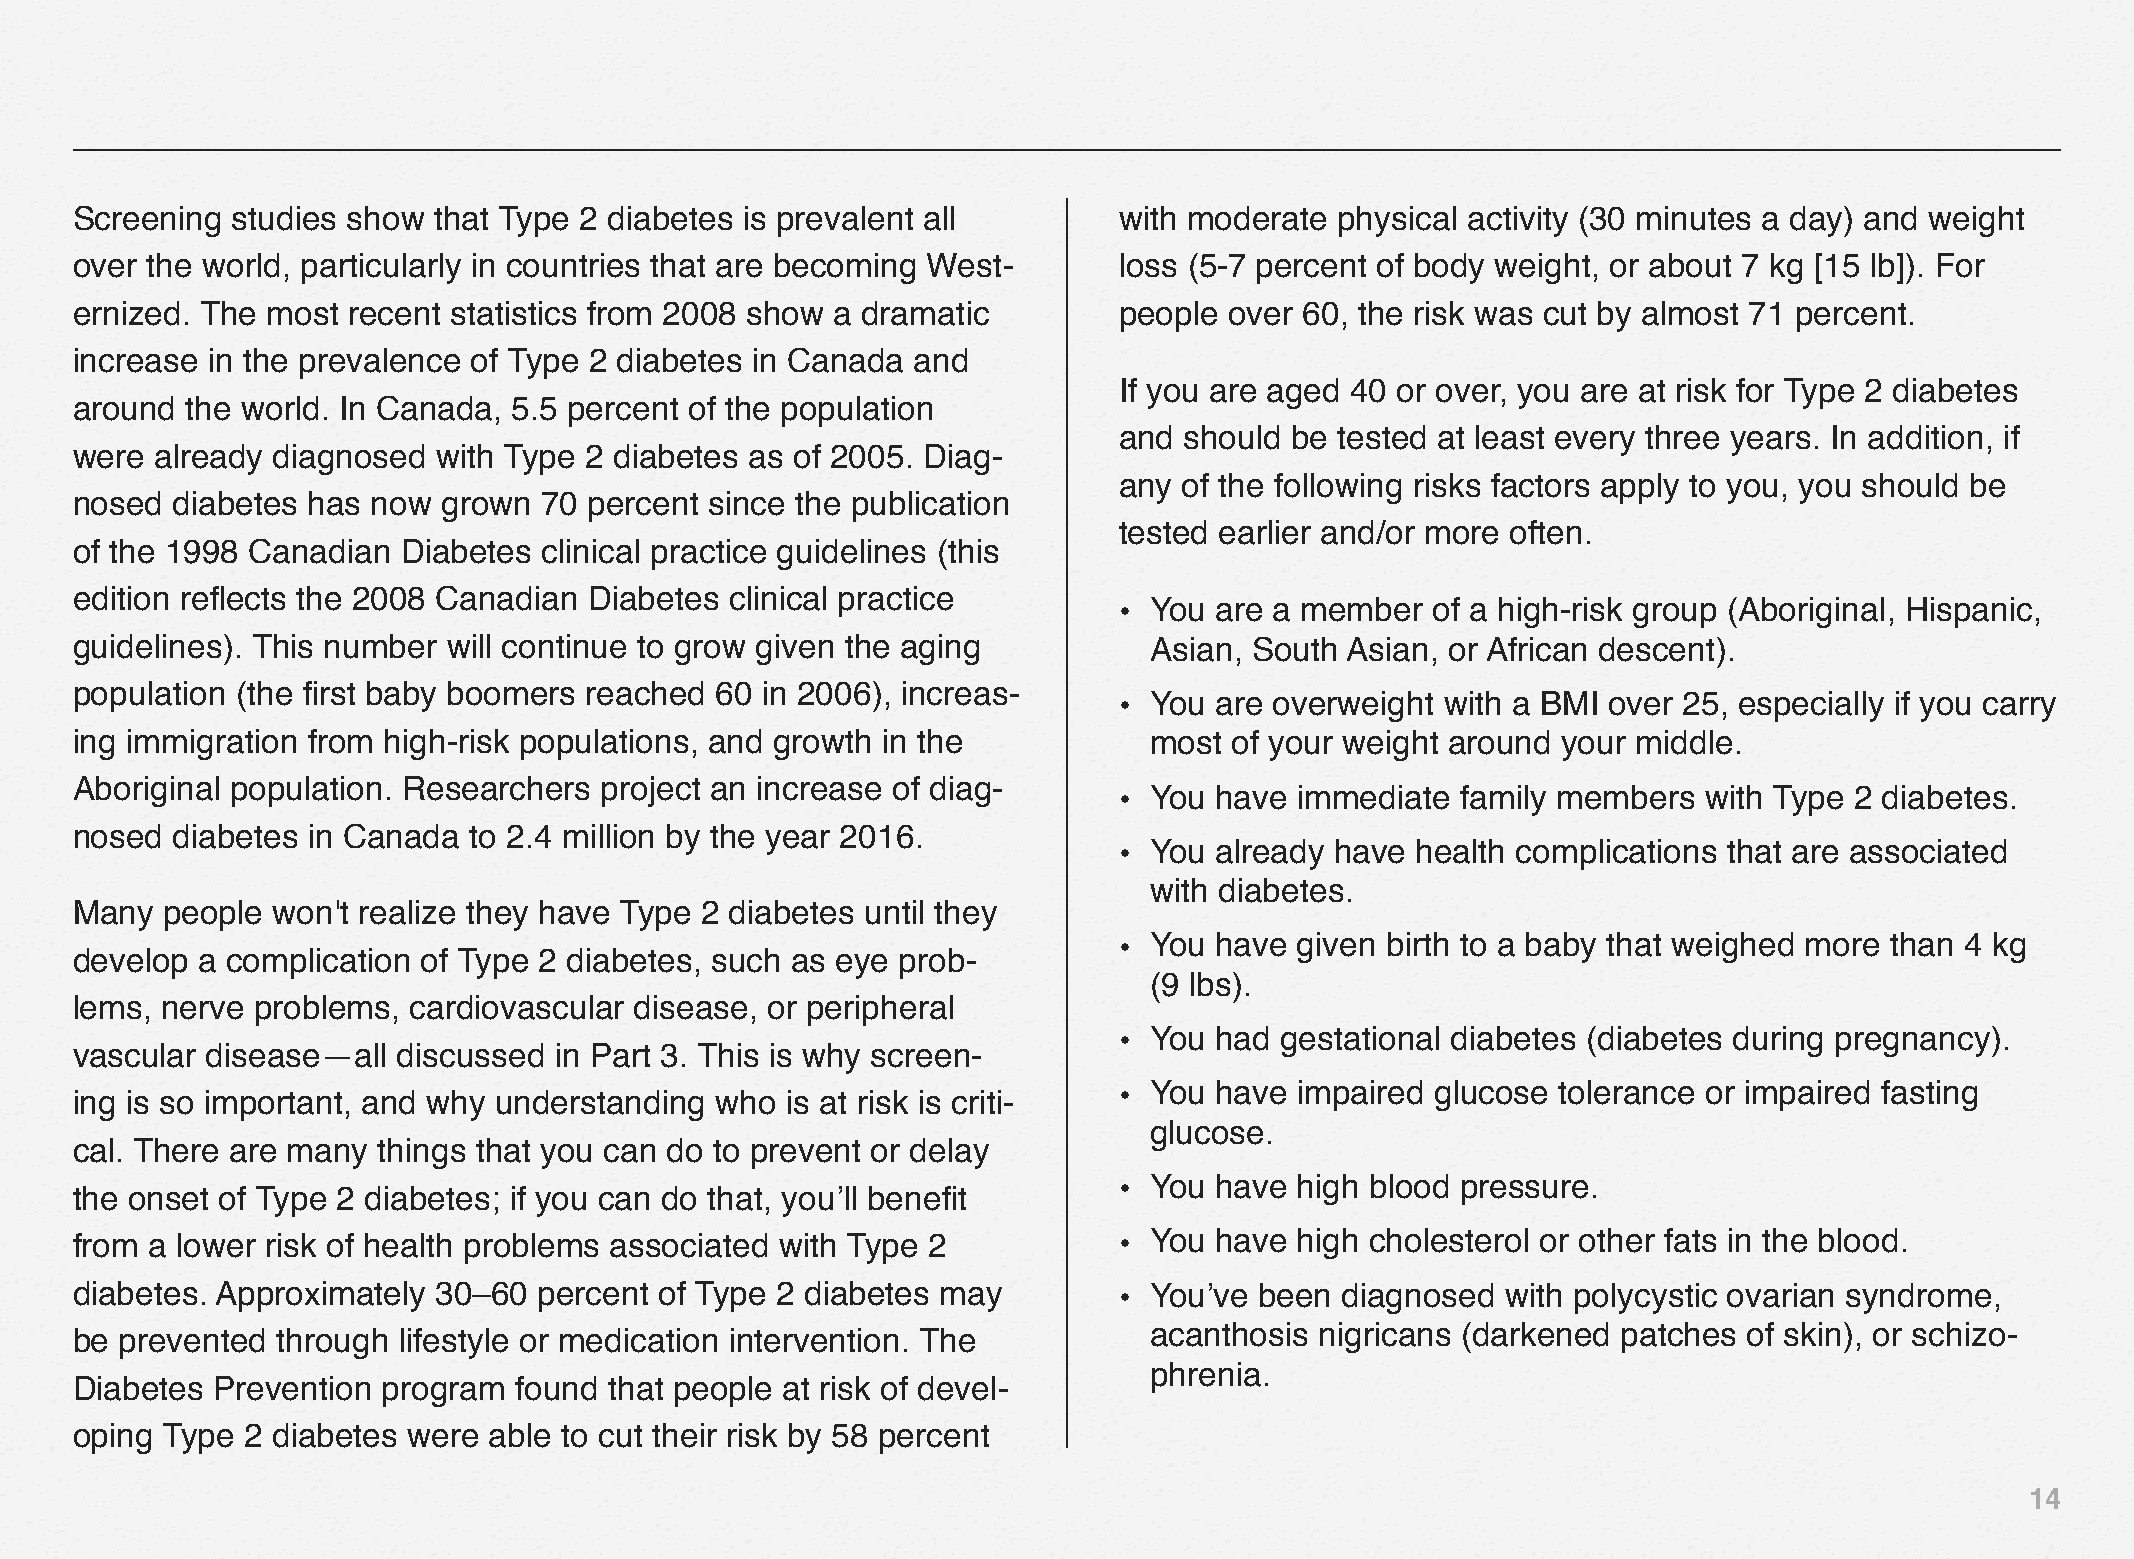
Screening studies show  that Type 2 diabetes is prevalent all        with moderate  physical activity (30 minutes a day) and weight
 over the world, particularly in countries that are becoming West-    loss (5‒7 percent of body weight, or about 7 kg [15 lb]). For
 ernized. The most recent statistics from 2008 show a dramatic        people over 60, the risk was cut by almost 71 percent.
 increase in the prevalence of Type 2 diabetes in Canada and
 If you are aged 40 or over, you are at risk for Type 2 diabetes
 around the world. In Canada, 5.5 percent of the population
 and should be  tested at least every three years. In addition, if
 were already diagnosed  with Type 2 diabetes as of 2005. Diag-
 any of the following risks factors apply to you, you should be
 nosed diabetes has  now grown  70 percent since the publication
 tested earlier and/or more often.
 of the 1998 Canadian  Diabetes clinical practice guidelines (this
 edition reflects the 2008 Canadian Diabetes clinical practice
 • You are a member   of a high-risk group (Aboriginal, Hispanic,
 guidelines). This number will continue to grow given the aging         Asian, South Asian, or African descent).
 population (the first baby boomers reached 60 in 2006), increas-
 • You are overweight  with a BMI over 25, especially if you carry
 ing immigration from high-risk populations, and growth in the          most  of your weight around your middle.
 Aboriginal population. Researchers project an increase of diag-
 • You have  immediate  family members  with Type 2 diabetes.
 nosed diabetes in Canada  to 2.4 million by the year 2016.
 • You already have  health complications that are associated
 with diabetes.
 Many  people won't realize they have Type 2 diabetes until they
 • You have  given birth to a baby that weighed more than 4 kg
 develop a complication of Type 2 diabetes, such as eye prob-
 (9 lbs).
 lems, nerve problems, cardiovascular disease, or peripheral
 • You had  gestational diabetes (diabetes during pregnancy).
 vascular disease—all discussed  in Part 3. This is why screen-
 • You have  impaired glucose tolerance or impaired fasting
 ing is so important, and why understanding who is at risk is criti-
 glucose.
 cal. There are many things that you can do to prevent or delay
 • You have  high blood pressure.
 the onset of Type 2 diabetes; if you can do that, you’ll benefit
 from a lower risk of health problems associated with Type 2          • You have  high cholesterol or other fats in the blood.
 diabetes. Approximately 30–60  percent of Type 2 diabetes may        • You’ve been  diagnosed  with polycystic ovarian syndrome,
 be prevented through lifestyle or medication intervention. The         acanthosis nigricans (darkened patches  of skin), or schizo-
 phrenia.
 Diabetes Prevention program  found that people at risk of devel-
 oping Type 2 diabetes were able to cut their risk by 58 percent
 14